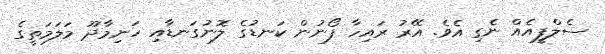
ސެލްފީއެއް ނެގި އެވެ. އޭރު ރައިހާ ފޯނުން ކަނޑުގެ ލޮނުގަނޑާއި ހަނިމާދޫ މަލަމަތީގެ